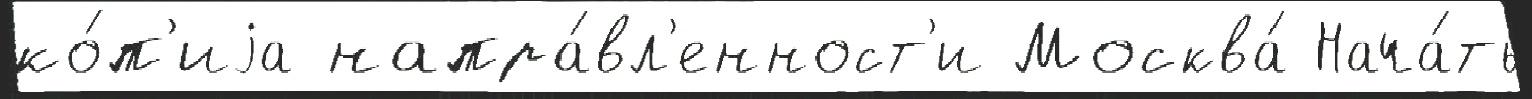
ко́п'иjа напра́вл'енност'и Москва́ Нача́ть